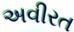
અવીરત